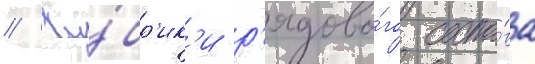
// Ку́бр'ик'и р'ядово́го соста́ва